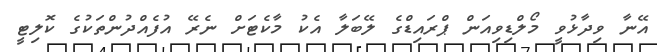
އޭނާ ވިދާޅުވީ މޯލްޑިވިއަން ޕްރައިޑްގެ ލޭބަލާ އެކު މާކެޓަށް ނެރޭ އުފެއްދުންތަކުގެ ކޮލިޓީ